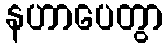
နဟာပေတွာ